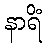
နာရိံ